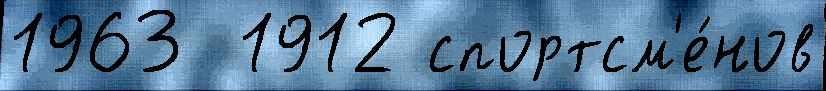
1963  1912 спортсм'е́нов